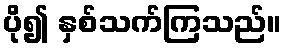
ပို၍ နှစ်သက်ကြသည်။